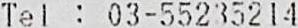
TEL : 03-55235214